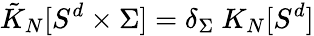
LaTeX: \tilde{K}_{N}[S^{d}\times\Sigma]=\delta_{\Sigma}~K_{N}[S^{d}]